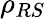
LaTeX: \rho_{RS}